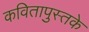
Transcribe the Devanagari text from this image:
कवितापुस्तके